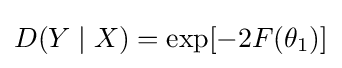
D(Y\mid X)=\exp[-2F(\theta _{1})]